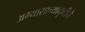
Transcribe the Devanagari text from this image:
अभ्यासाच्यादृष्टीने